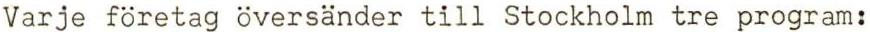
Varje företag översänder till Stockholm tre program: